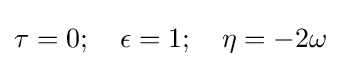
\tau =0;\quad \epsilon =1;\quad \eta =-2\omega